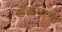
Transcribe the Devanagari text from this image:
अंडेमान